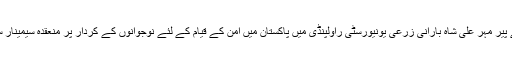
ان خیالات کا اظہار انہوں نے پیر مہر علی شاہ بارانی زرعی یونیورسٹی راولپنڈی میں پاکستان میں امن کے قیام کے لئے نوجوانوں کے کردار پر منعقدہ سیمینار سے خطاب کرتے ہوئے کیا ۔